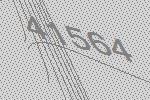
41564